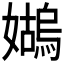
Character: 𪦭